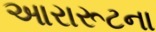
આરારૂટના